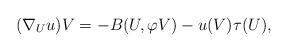
LaTeX: \begin{align*}(\nabla _{U}u)V=-B(U,\varphi V)-u(V)\tau (U), \end{align*}